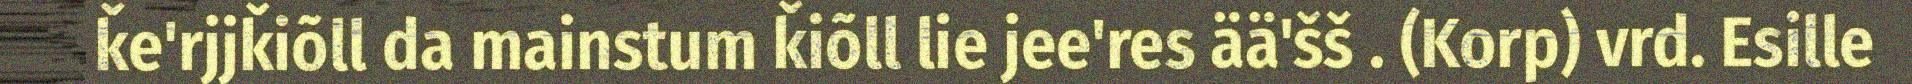
ǩe'rjjǩiõll da mainstum ǩiõll lie jee'res ää'šš . (Korp) vrd. Esille